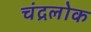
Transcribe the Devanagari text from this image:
चंद्रलोक